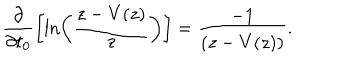
LaTeX: \frac { \partial } { \partial t _ { 0 } } \biggl [ \ln \left( \frac { z - V ( z ) } { z } \right) \biggr ] = \frac { - 1 } { \left( z - V ( z ) \right) } .